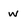
Character: w